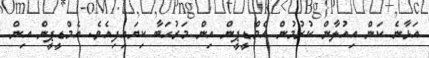
އަޅާނެ ކަން އިއުލާން ކުރުމުން އެމްޑީޕީން އިން މަރުހަބާ ކިޔައިފިއެވެ. އެމްޑީޕީން އިން